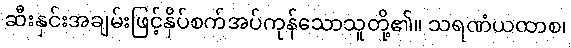
ဆီးနှင်းအချမ်းဖြင့်နှိပ်စက်အပ်ကုန်သောသူတို့၏။ သရဏံယထာစ၊